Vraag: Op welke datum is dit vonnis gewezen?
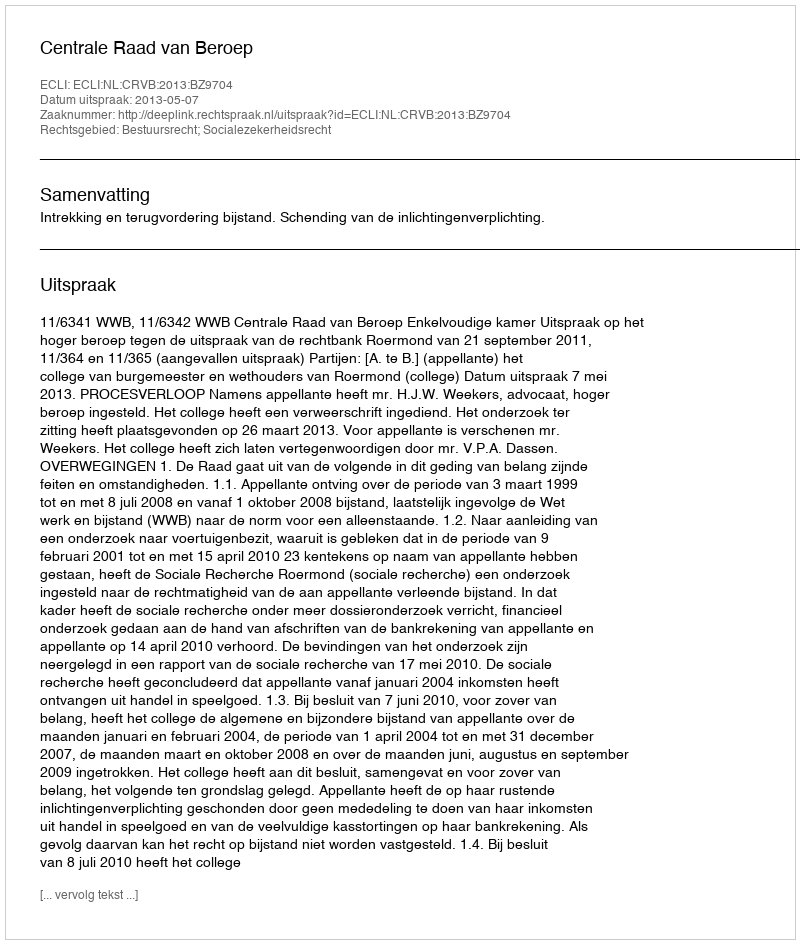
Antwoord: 2013-05-07